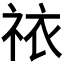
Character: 𫀊